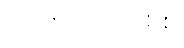
ရေအားလျှပ်စစ်